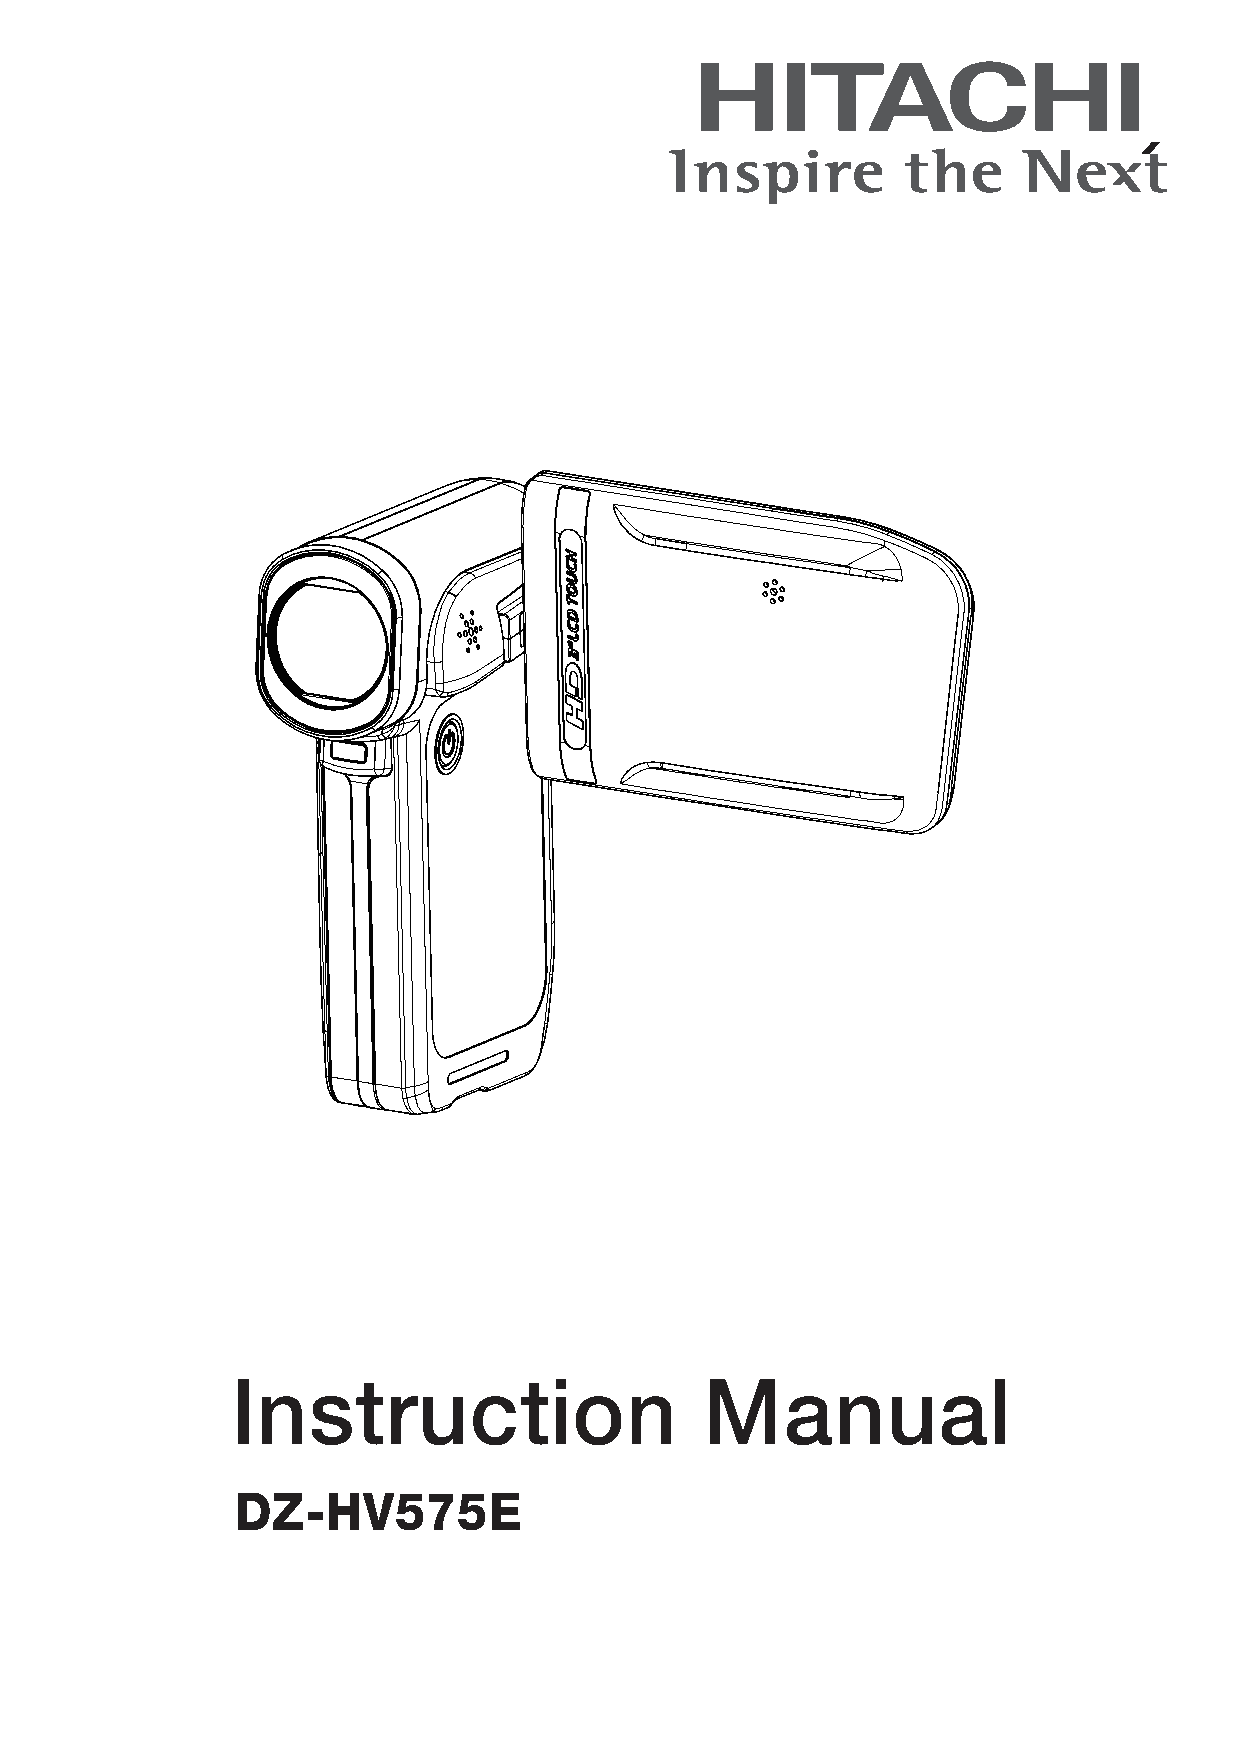
Instruction                     Manual
 DZ-HV575E